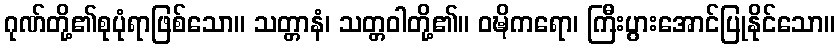
ဂုဏ်တို့၏စုပုံရာဖြစ်သော။ သတ္တာနံ၊ သတ္တဝါတို့၏။ ဝဍ္ဎိကရော၊ ကြီးပွားအောင်ပြုနိုင်သော။